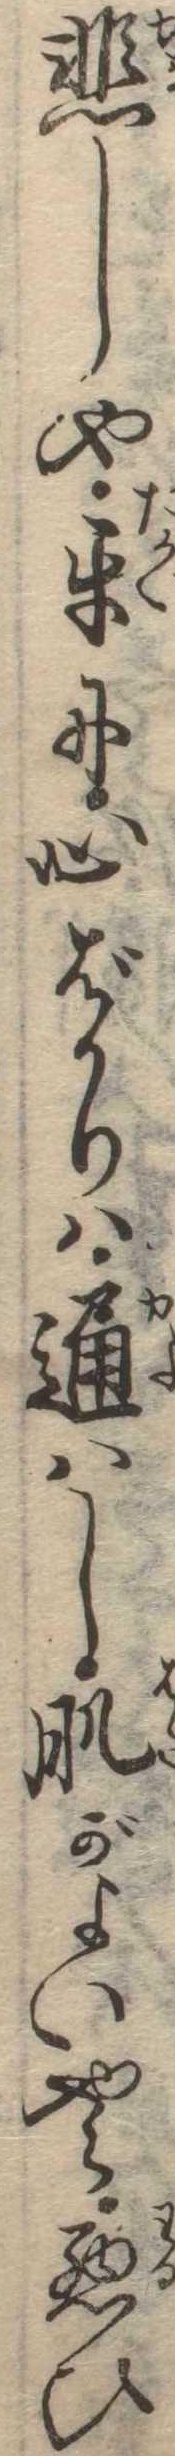
悲しや互に心ばかりは通はし肌がよいやら悪ひ